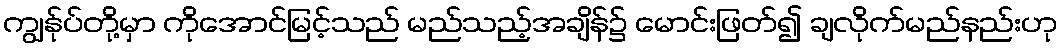
ကျွန်ုပ်တို့မှာ ကိုအောင်မြင့်သည် မည်သည့်အချိန်၌ မောင်းဖြတ်၍ ချလိုက်မည်နည်းဟု